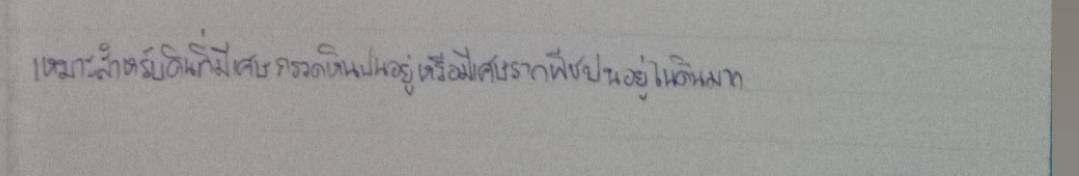
เหมาะสำหรับดินที่มีเศษกรวดหินปนอยู่หรือมีเศษรากพืชปนอยู่ในดินมาก